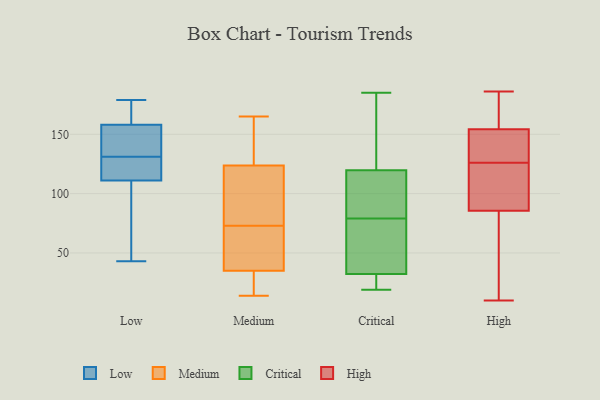
{"axis": {"x": "Tickets Resolved", "y": "Value"}, "legend": ["Critical", "High", "Low", "Medium"], "data": [{"x": "", "y": 43, "type": "Low"}, {"x": "", "y": 140, "type": "Low"}, {"x": "", "y": 122, "type": "Low"}, {"x": "", "y": 179, "type": "Low"}, {"x": "", "y": 116, "type": "Low"}, {"x": "", "y": 154, "type": "Low"}, {"x": "", "y": 158, "type": "Low"}, {"x": "", "y": 177, "type": "Low"}, {"x": "", "y": 84, "type": "Low"}, {"x": "", "y": 111, "type": "Low"}, {"x": "", "y": 162, "type": "Medium"}, {"x": "", "y": 67, "type": "Medium"}, {"x": "", "y": 56, "type": "Medium"}, {"x": "", "y": 138, "type": "Medium"}, {"x": "", "y": 165, "type": "Medium"}, {"x": "", "y": 14, "type": "Medium"}, {"x": "", "y": 42, "type": "Medium"}, {"x": "", "y": 109, "type": "Medium"}, {"x": "", "y": 73, "type": "Medium"}, {"x": "", "y": 14, "type": "Medium"}, {"x": "", "y": 119, "type": "Medium"}, {"x": "", "y": 104, "type": "Medium"}, {"x": "", "y": 14, "type": "Medium"}, {"x": "", "y": 20, "type": "Critical"}, {"x": "", "y": 24, "type": "Critical"}, {"x": "", "y": 60, "type": "Critical"}, {"x": "", "y": 154, "type": "Critical"}, {"x": "", "y": 19, "type": "Critical"}, {"x": "", "y": 67, "type": "Critical"}, {"x": "", "y": 35, "type": "Critical"}, {"x": "", "y": 109, "type": "Critical"}, {"x": "", "y": 87, "type": "Critical"}, {"x": "", "y": 152, "type": "Critical"}, {"x": "", "y": 90, "type": "Critical"}, {"x": "", "y": 79, "type": "Critical"}, {"x": "", "y": 185, "type": "Critical"}, {"x": "", "y": 186, "type": "High"}, {"x": "", "y": 150, "type": "High"}, {"x": "", "y": 53, "type": "High"}, {"x": "", "y": 126, "type": "High"}, {"x": "", "y": 129, "type": "High"}, {"x": "", "y": 150, "type": "High"}, {"x": "", "y": 169, "type": "High"}, {"x": "", "y": 81, "type": "High"}, {"x": "", "y": 114, "type": "High"}, {"x": "", "y": 139, "type": "High"}, {"x": "", "y": 73, "type": "High"}, {"x": "", "y": 103, "type": "High"}, {"x": "", "y": 174, "type": "High"}, {"x": "", "y": 87, "type": "High"}, {"x": "", "y": 167, "type": "High"}, {"x": "", "y": 88, "type": "High"}, {"x": "", "y": 10, "type": "High"}]}